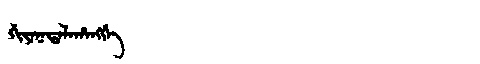
Manchu: ᡤᡳᠶᠠᡴᡩᠠᠯᠠᡥᠠᠩᡤᡝ
Romanization: GIYAKDALAHANGGE